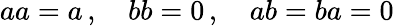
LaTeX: \textstyle aa=a\, ,\quad bb=0\, ,\quad ab=ba=0